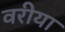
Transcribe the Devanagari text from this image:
वरीया